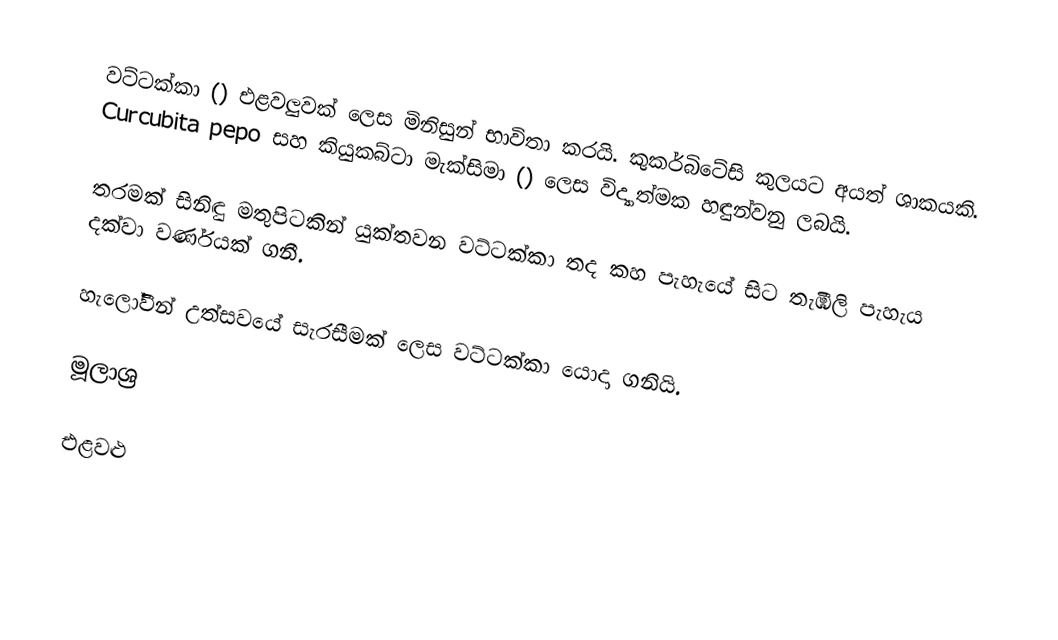
වට්ටක්කා () එළවලුවක් ලෙස මිනිසුන් භාවිතා කරයි.  කුකර්බිටේසි කුලයට අයත් ශාකයකි. Curcubita pepo සහ කියුකබ්ටා මැක්සිමා () ලෙස විද්‍යාත්මක හඳුන්වනු ලබයි.

තරමක් සිනිඳු මතුපිටකින් යුක්තවන වට්ටක්කා තද කහ පැහැයේ සිට තැඹිලි පැහැය දක්වා වර්ණයක් ගනී.

හැලෝවීන් උත්සවයේ සැරසීමක් ලෙස වට්ටක්කා යොදා ගනියි.

මූලාශ්‍ර

එළවළු